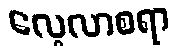
လေ့လာစရာ